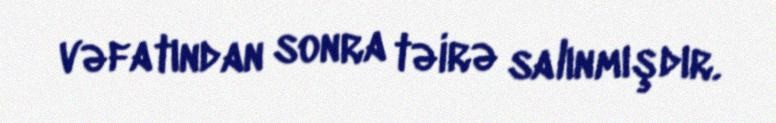
vəfatından sonra təirə salınmışdır.